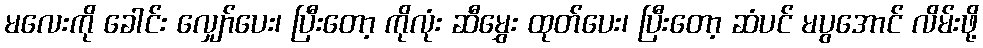
မလေးကို ခေါင်း လျှော်ပေး၊ ပြီးတော့ ကိုလုံး ဆီမွှေး ထုတ်ပေး၊ ပြီးတော့ ဆံပင် မပွအောင် လိမ်းဖို့